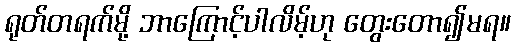
ရုတ်တရက်မို့ ဘာကြောင့်ပါလိမ့်ဟု တွေးတော၍မရ။